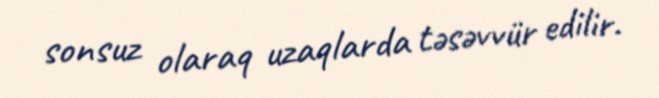
sonsuz olaraq uzaqlarda təsəvvür edilir.